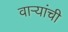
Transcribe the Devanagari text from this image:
वाऱ्यांची